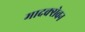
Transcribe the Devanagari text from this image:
मादक्सेवन